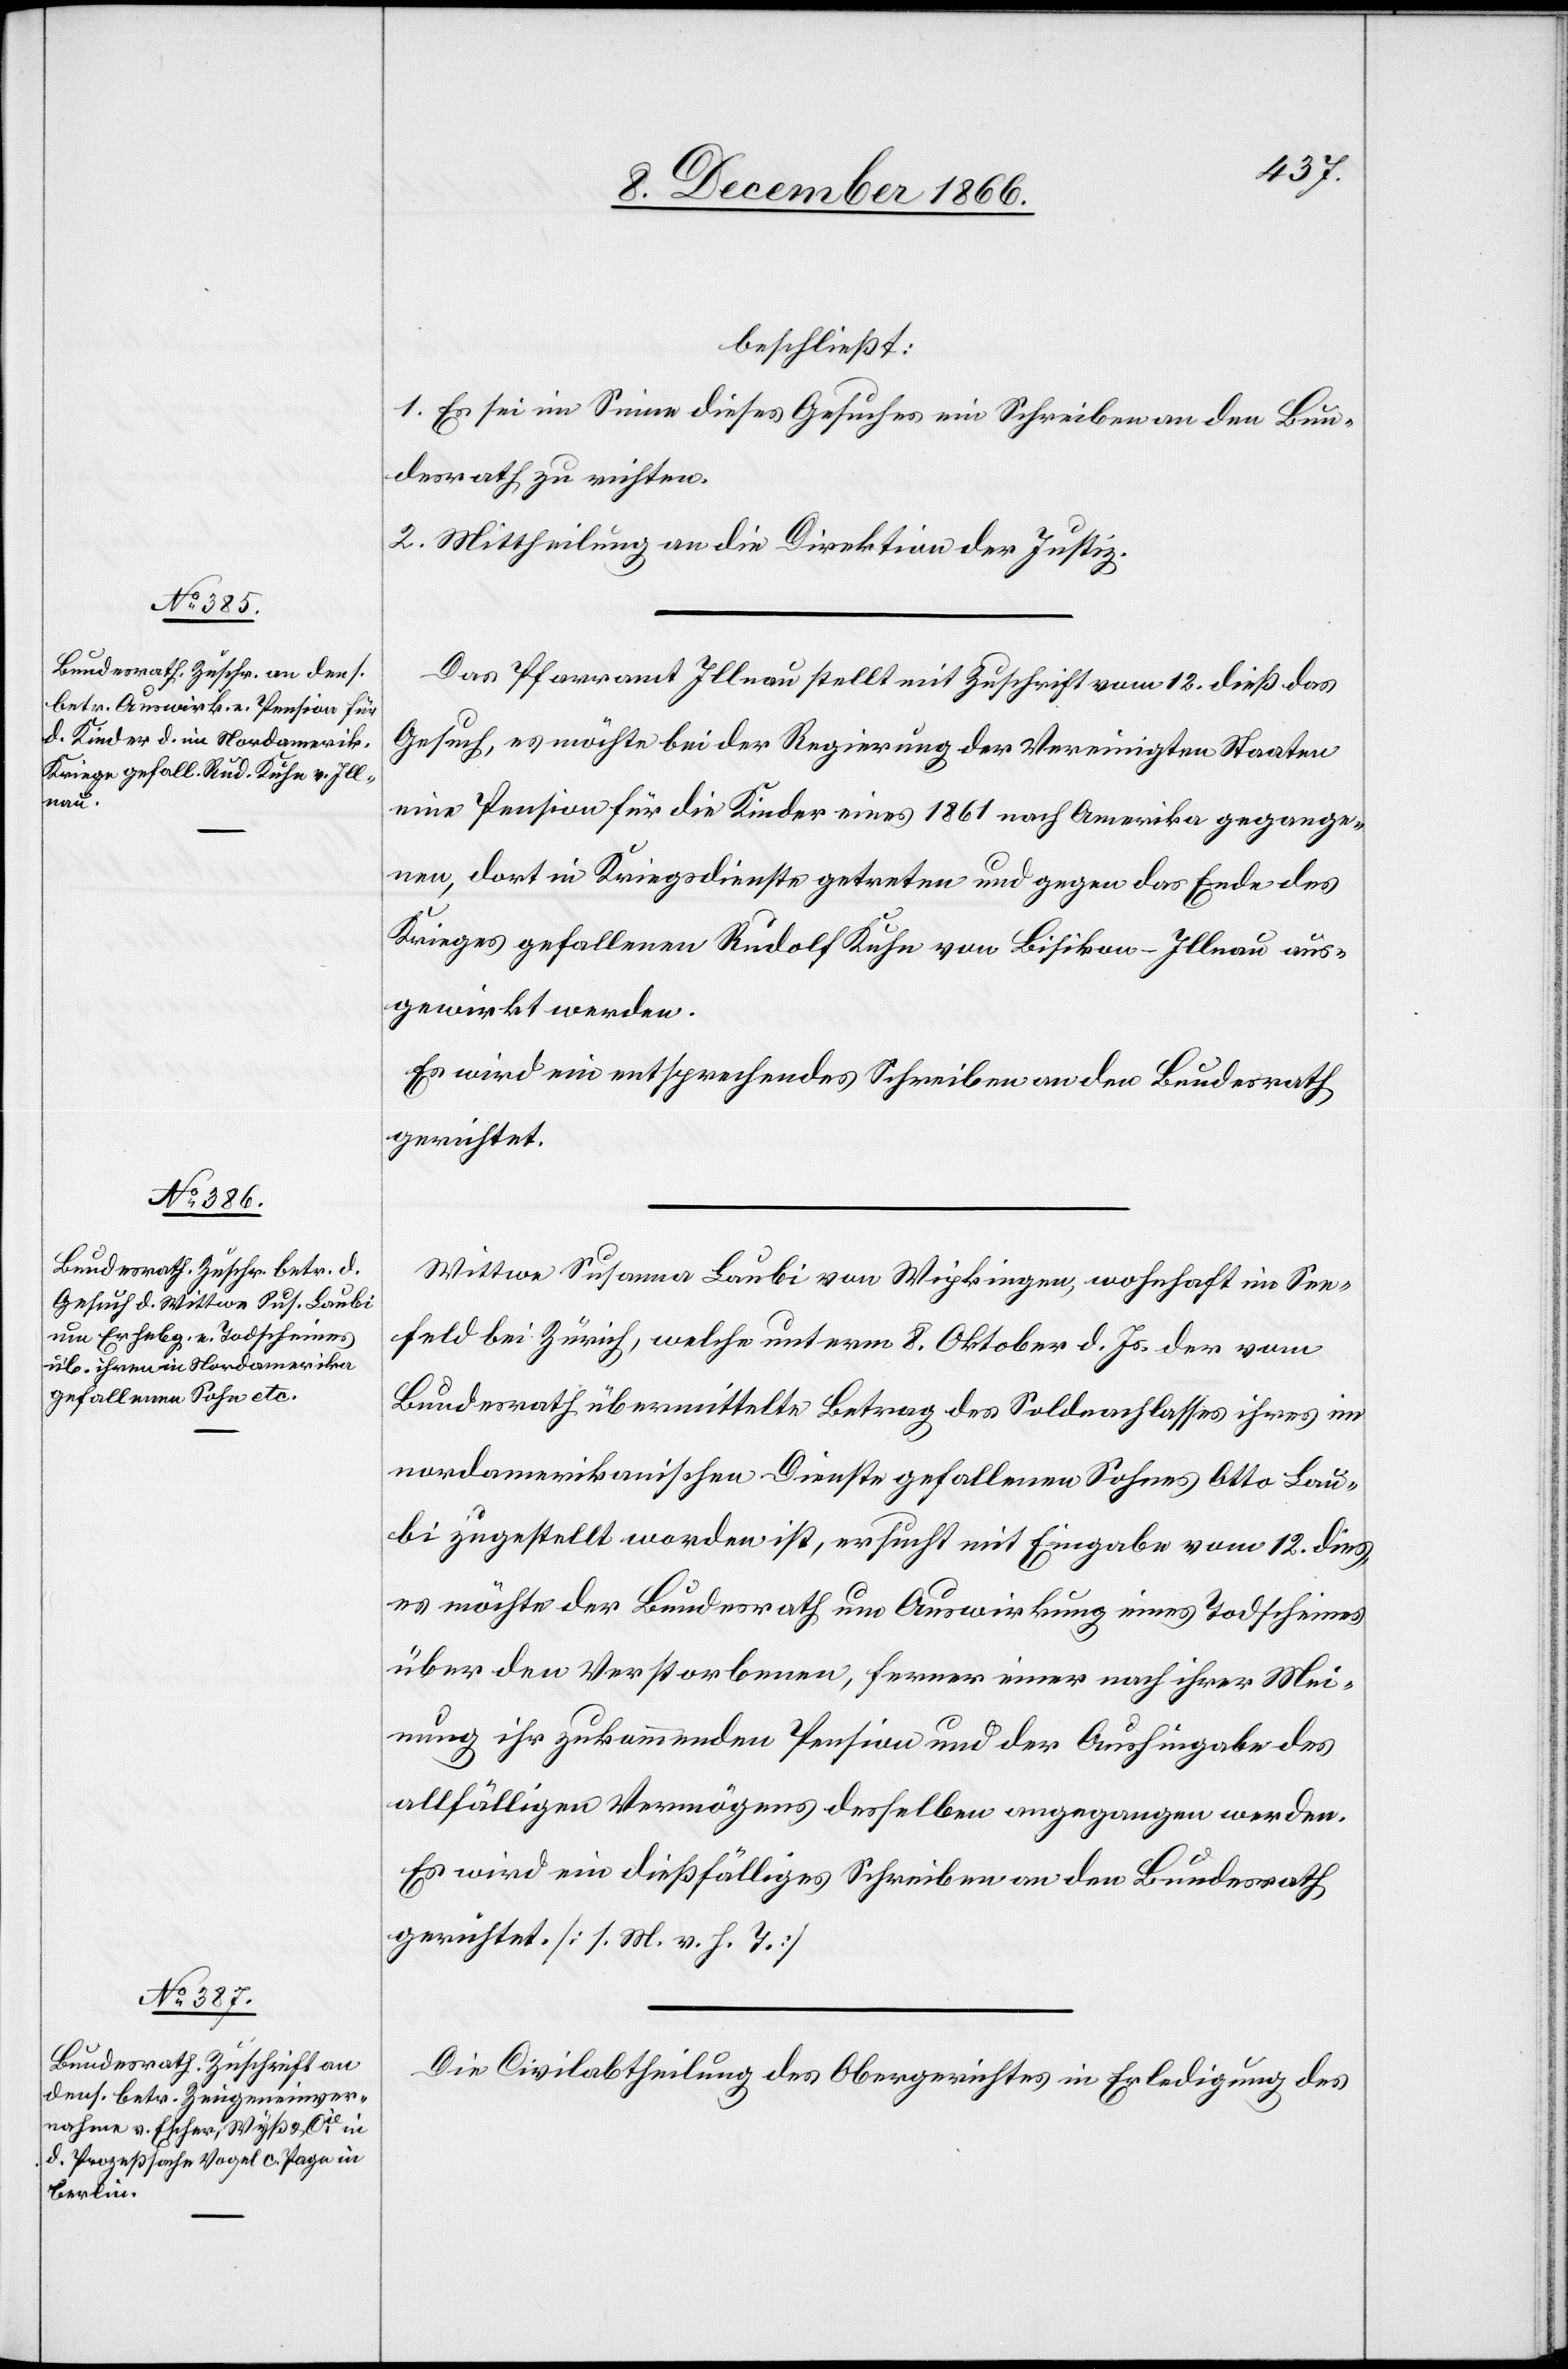
14. December 1866.]
beschließt:
1. Es sei im Sinne dieses Gesuches ein Schreiben an den Bun¬
desrath zu richten.
2. Mittheilung an die Direktion der Justiz.
Das Pfarramt Illnau stellt mit Zuschrift vom 12. dieß das
Gesuch, es möchte bei der Regierung der Vereinigten Staaten
eine Pension für die Kinder eines 1861 nach Amerika gegange¬
nen, dort in Kriegsdienste getreten und gegen das Ende des
Krieges gefallenen Rudolf Kuhn von Bisikon-Illnau aus¬
gewirkt werden.
Es wird ein entsprechendes Schreiben an den Bundesrath
gerichtet.
Wittwe Susanna Laubi von Wipkingen, wohnhaft im See¬
feld bei Zürich, welche[r] unterm 8. Oktober d. Js. der vom
Bundesrath übermittelte Betrag des Soldnachlasses ihres im
nordamerikanischen Dienste gefallenen Sohnes Otto Lau¬
bi zugestellt worden ist, ersucht mit Eingabe vom 12. dies,
es möchte der Bundesrath um Auswirkung eines Todscheines
über den Verstorbenen, ferner einer nach ihrer Mei¬
nung ihr zukommenden Pension und der Aushingabe des
allfälligen Vermögens desselben angegangen werden.
Es wird ein dießfälliges Schreiben an den Bundesrath
gerichtet. [l. M. v. h. T.]
Die Civilabtheilung des Obergerichtes in Erledigung des